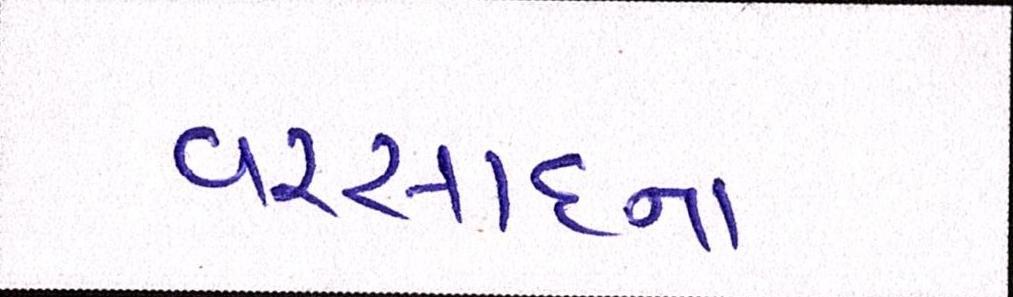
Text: વરસાદનાં